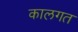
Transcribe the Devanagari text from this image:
कालगत